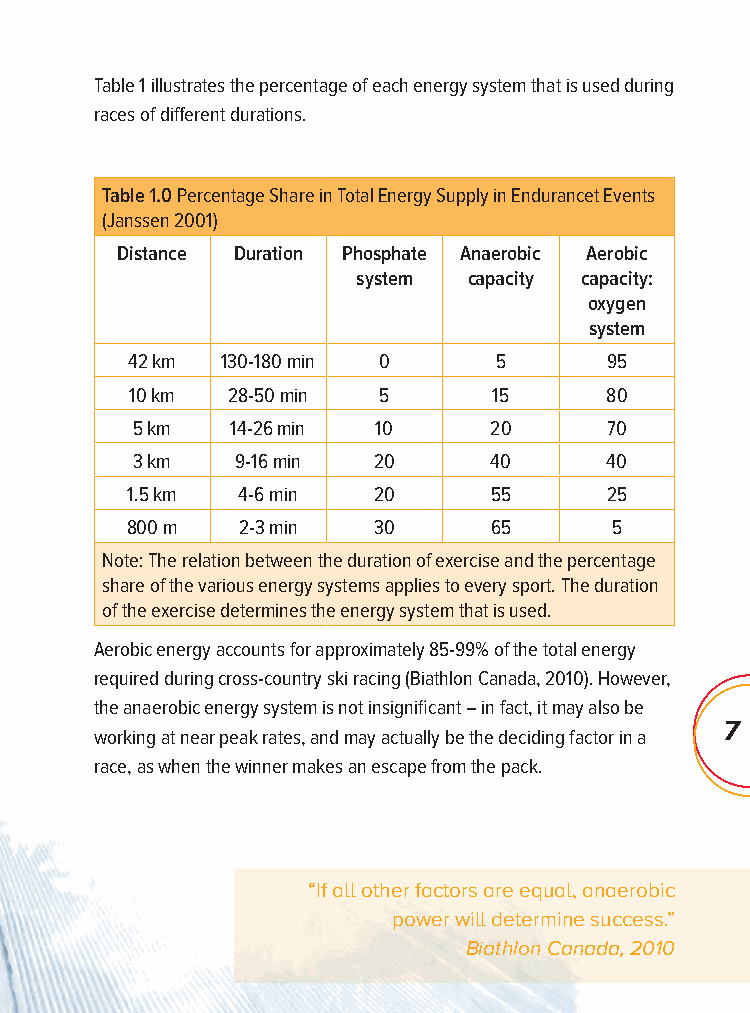
Table 1 illustrates the percentage of each energy system that is used during
 races of diff erent durations.
 Table 1.0 Percentage Share in Total Energy Supply in Endurancet Events
 (Janssen 2001)
 Distance Duration Phosphate Anaerobic Aerobic
 system capacity capacity:
 oxygen
 system
 42 km  130-180 min 0     5      95
 10 km 28-50 min 5       15     80
 5 km  14-26 min 10     20      70
 3 km   9-16 min 20     40      40
 1.5 km  4-6 min  20     55      25
 800 m   2-3 min  30     65       5
 Note: The relation between the duration of exercise and the percentage
 share of the various energy systems applies to every sport. The duration
 of the exercise determines the energy system that is used.
 Aerobic energy accounts for approximately 85-99% of the total energy
 required during cross-country ski racing (Biathlon Canada, 2010). However,
 the anaerobic energy system is not insignifi cant – in fact, it may also be
 7
 working at near peak rates, and may actually be the deciding factor in a
 race, as when the winner makes an escape from the pack.
 “If all other factors are equal, anaerobic
 power will determine success.”
 Biathlon Canada, 2010